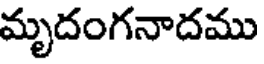
మృదంగనాదము